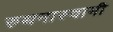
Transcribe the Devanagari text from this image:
रुथनास्वामी